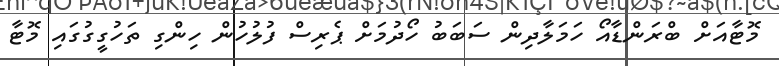
މޮޓާއަށް ބްރަންޑާއޯ ހަމަލާދިން ސަބަބު ހޯދުމަށް ޕެރިސް ފުލުހުން ހިންގި ތަހުގީގުގައި މޮޓާ